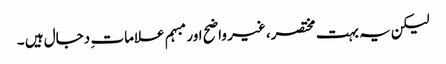
لیکن یہ بہت مختصر، غیر واضح اور مبہم علامات ِ دجال ہیں ۔